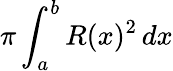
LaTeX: \pi\int_{a}^{b}R(x)^{2}\, dx